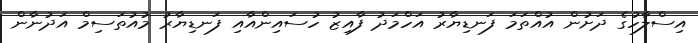
އިސްލާހުގެ ދަށުން އުއްތަމަ ފަނޑިޔާރު އަހްމަދު ފާއިޒު ހުސައިންއާއި ފަނޑިޔާރު މުއުތަސިމް އަދުނާން